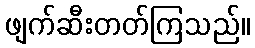
ဖျက်ဆီးတတ်ကြသည်။